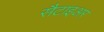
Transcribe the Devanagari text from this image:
सैटाइअर